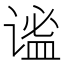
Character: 谧